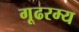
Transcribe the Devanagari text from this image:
गूढरम्य